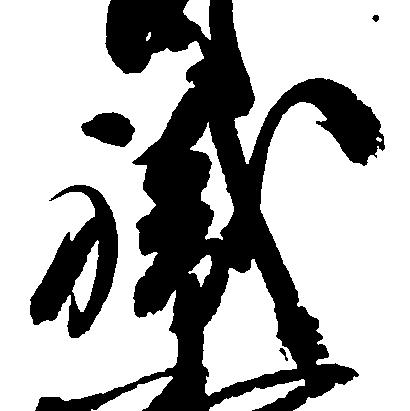
職